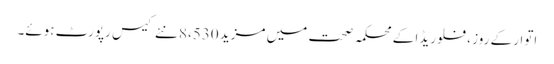
اتوار کے روز ، فلوریڈا کے محکمہ صحت میں مزید 8،530 نئے کیس رپورٹ ہوئے۔